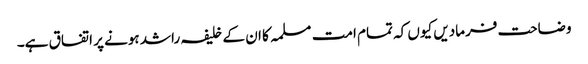
وضاحت فرمادیں کیوں کہ تمام امت مسلمہ کا ان کے خلیفہ راشد ہونے پر اتفاق ہے۔